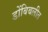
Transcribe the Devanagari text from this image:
डोंबिबलीत